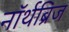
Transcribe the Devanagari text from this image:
नॉर्थब्रिज